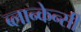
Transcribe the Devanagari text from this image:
ब्लान्केन्सी